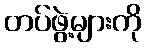
တပ်ဖွဲ့များကို